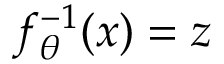
f _ { \theta } ^ { - 1 } ( x ) = z